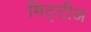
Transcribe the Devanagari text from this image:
मिट्टीअ